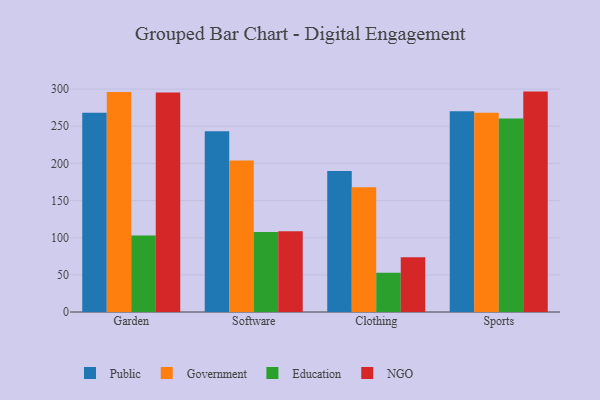
{"axis": {"x": "Category", "y": "Inventory Turnover"}, "legend": ["Education", "Government", "NGO", "Public"], "data": [{"x": "Garden", "y": 268.3, "type": "Public"}, {"x": "Garden", "y": 296.1, "type": "Government"}, {"x": "Garden", "y": 103.0, "type": "Education"}, {"x": "Garden", "y": 295.4, "type": "NGO"}, {"x": "Software", "y": 243.2, "type": "Public"}, {"x": "Software", "y": 204.0, "type": "Government"}, {"x": "Software", "y": 107.5, "type": "Education"}, {"x": "Software", "y": 108.7, "type": "NGO"}, {"x": "Clothing", "y": 189.9, "type": "Public"}, {"x": "Clothing", "y": 167.8, "type": "Government"}, {"x": "Clothing", "y": 52.8, "type": "Education"}, {"x": "Clothing", "y": 73.8, "type": "NGO"}, {"x": "Sports", "y": 270.1, "type": "Public"}, {"x": "Sports", "y": 268.0, "type": "Government"}, {"x": "Sports", "y": 260.4, "type": "Education"}, {"x": "Sports", "y": 296.6, "type": "NGO"}]}